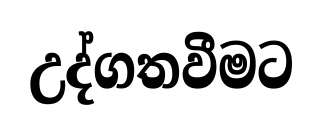
උද්ගතවීමට